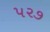
૫૨૭